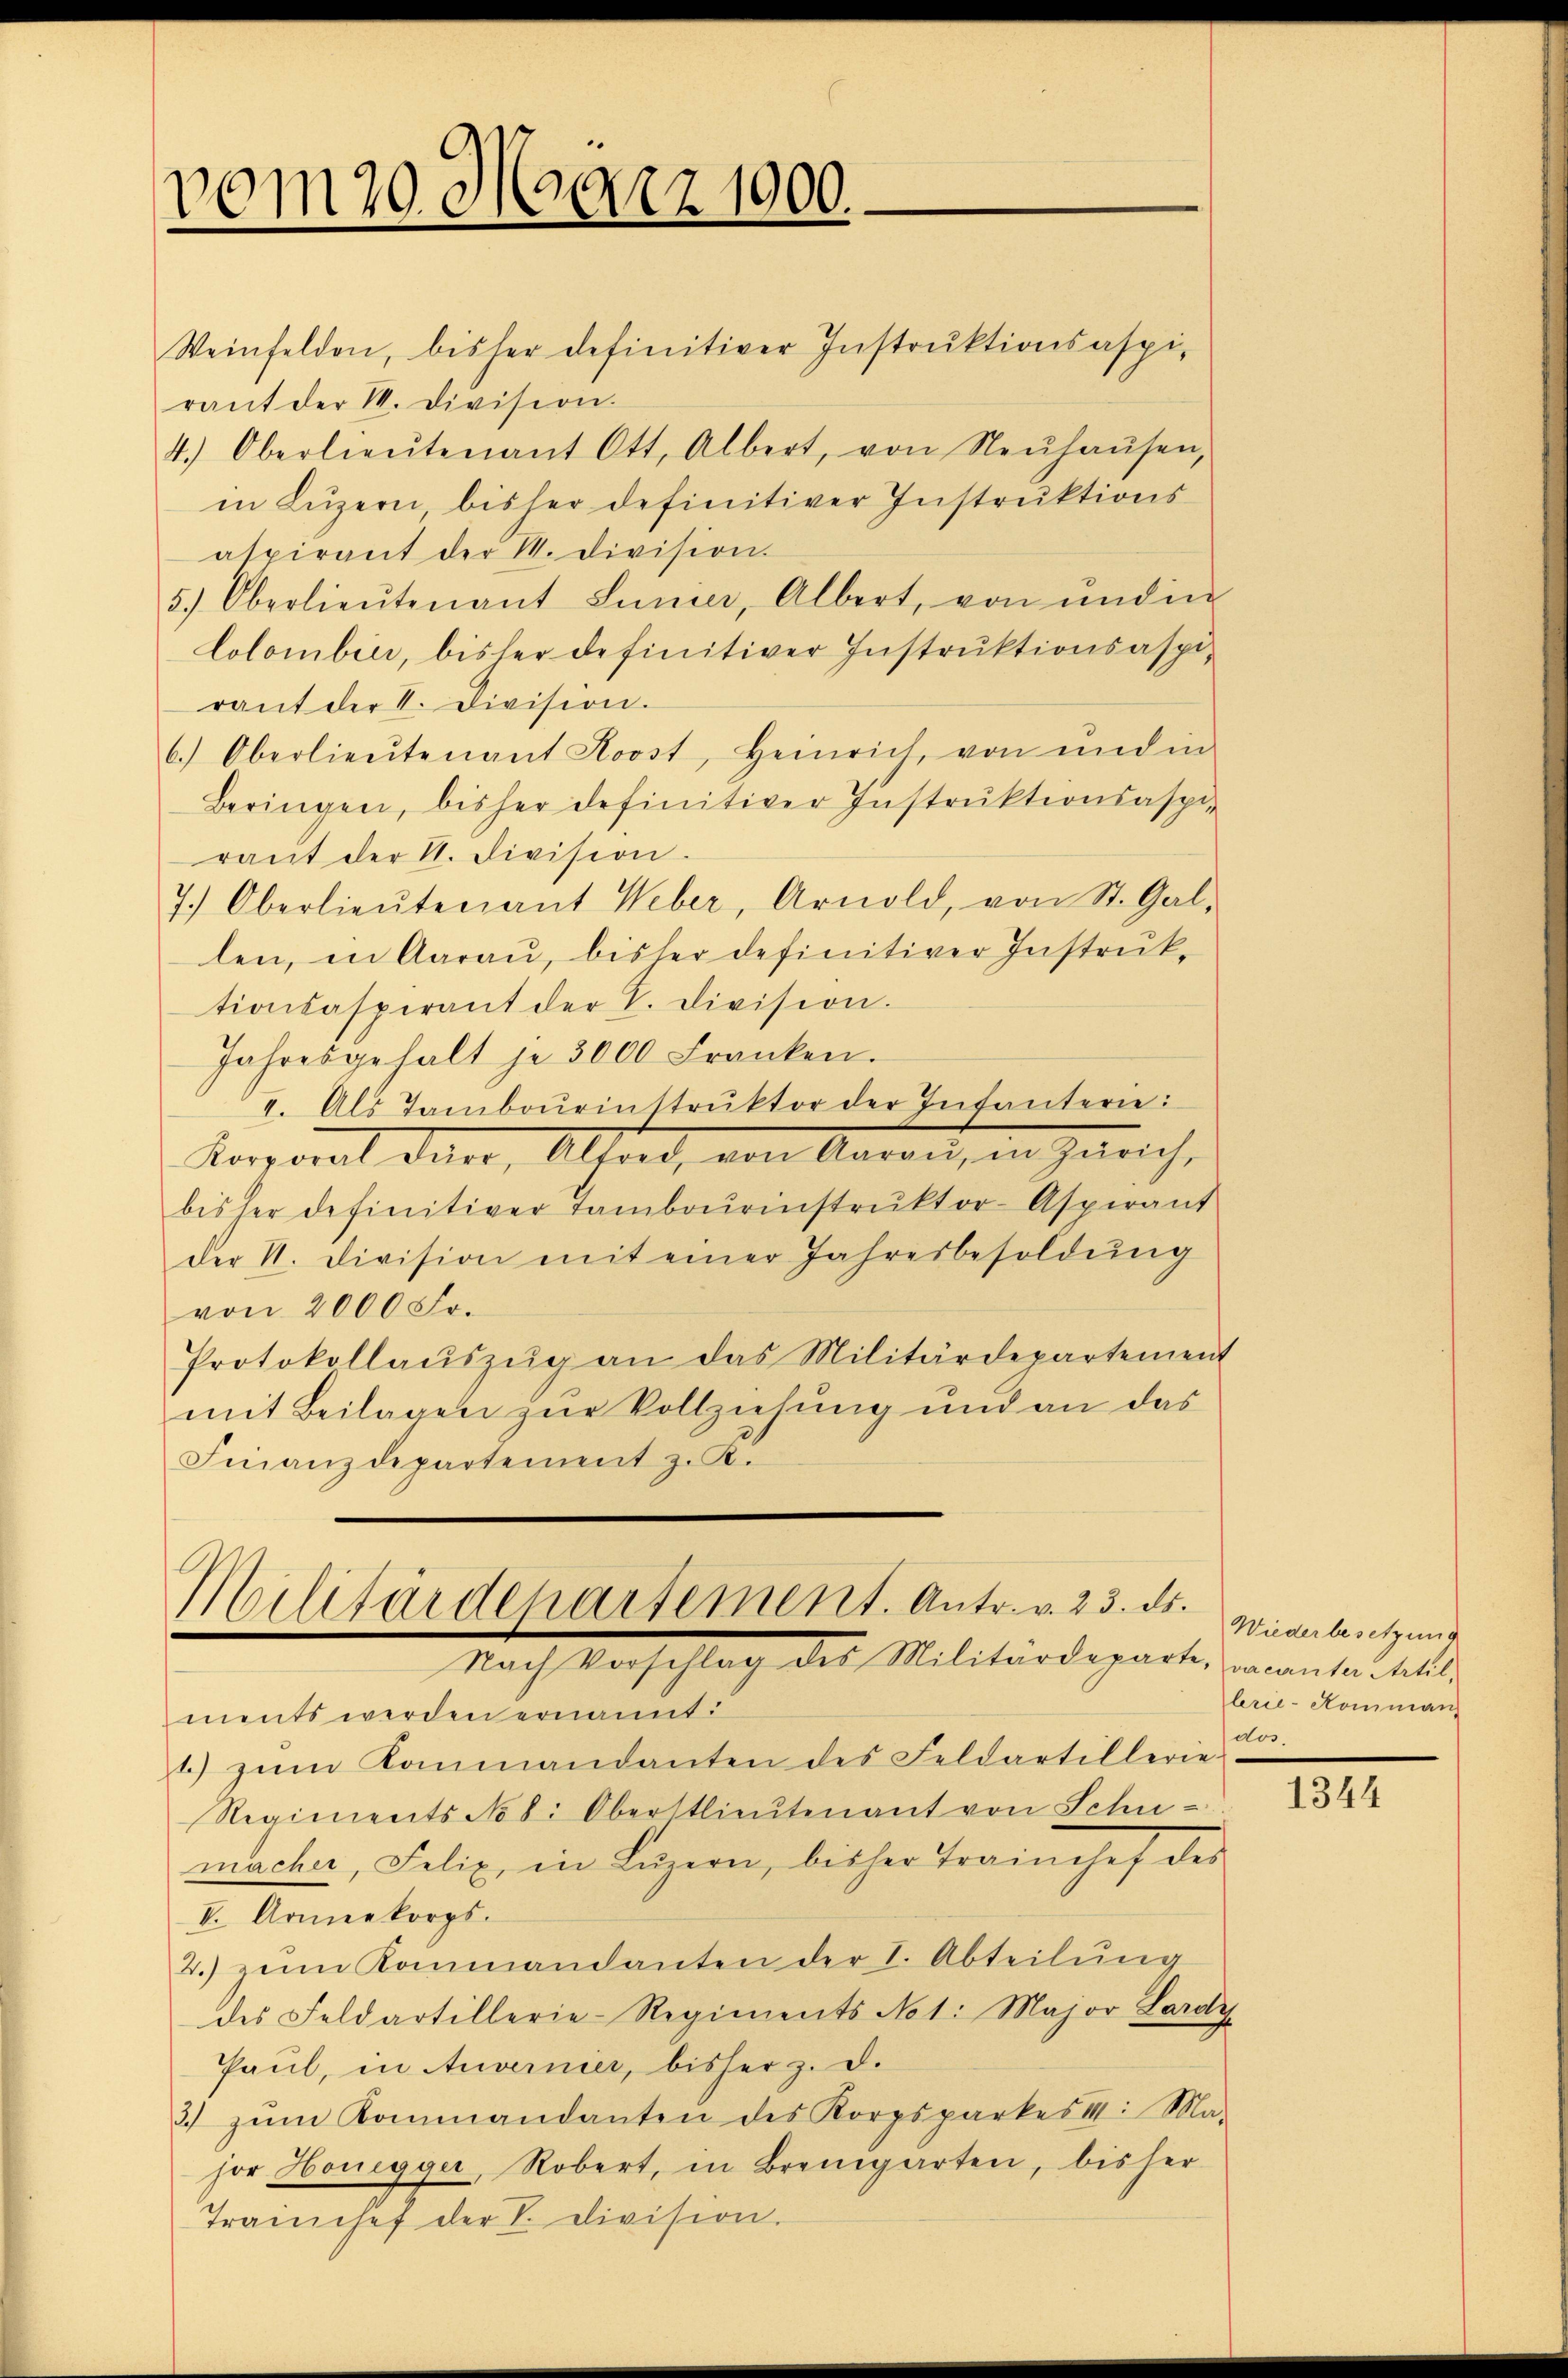
vom 20. März 1900.

Weinfelden, bisher definitiver Instruktionsaspirant der I. Division.
4.) Oberlieŭtenant Ott, Albert, von Neŭhaŭsen,
in Luzern bisher definitiver Instruktions
aspirant der 1. Division.
5.) Oberlieŭtenant Sinner, Albert, von und in
lolombini, bisher definitiver Instruktionsaspirant der V. Division.
6.) Oberlieŭtenant Koost, Heinrich, von und in
Beringen, bisher definitiver Instruktionsaspiraut der A. Division.
7.) Oberlieŭtenant Weber, Arnold, von St. Gal-
len, in Aarau, bisher definitiver Instruktionsasperant der V. Division.
Jahresgehalt je 3000 Franken.
I. Als Tambourinstrŭktor der Intanterie:
Korporat dar, Altord, von Aarau, in Zürich,
bisher definitiver Tambourinstrŭktor-Aspirant
der N. Division mit einer Jahresbesoldŭng
von 2000 Fr.
Protokollaŭszŭg an das Militärdepartement
mit Beilagen zur Vollziehung und an das
Finanzdepartement z. K.

Militärdepartement. Antr. v. 23. ds.
Nach Vorschlag des Militärdeparte, vacanter Artil,

ments werden ernannt:
1) zŭm Kammandanten des Feldartillerie-
Regiments No 8. Oberstlieutenant von Schu
macher, Felix in Luzern, bisher Trainchef des
V. Armeekorps.
2. zum Kanmandanten der I. Abteilŭng
des Feldartillerie-Regiments Not. Major Lardy
Paul, in Anvernier, bisher z. d.
2) zŭm Kommandanten des Korpsparkes II: Ma-
hor Honegger, Robert, in Bremgarten, bisher
Transchef der V. Division.

Wiederbesetzung
lerie-Komman
dos.

1344